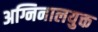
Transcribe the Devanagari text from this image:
अग्निनालयुक्त